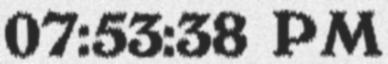
07:53:38 PM